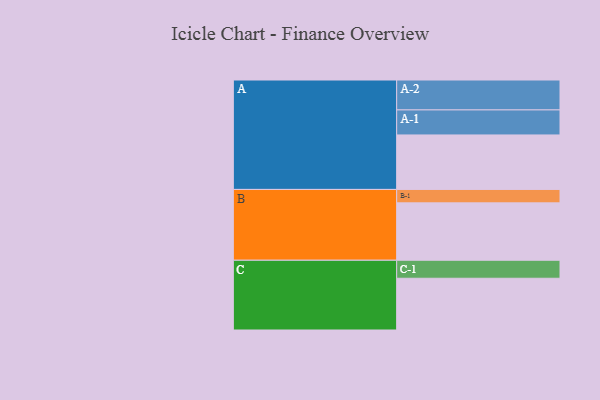
{"axis": {"x": "Segment", "y": "Value"}, "legend": ["", "A", "B", "C"], "data": [{"x": "A", "y": 357, "type": ""}, {"x": "B", "y": 376, "type": ""}, {"x": "C", "y": 339, "type": ""}, {"x": "A-1", "y": 164, "type": "A"}, {"x": "A-2", "y": 196, "type": "A"}, {"x": "B-1", "y": 88, "type": "B"}, {"x": "C-1", "y": 118, "type": "C"}]}